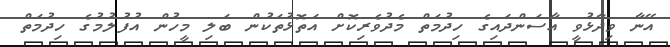
އޭނާ ވިދާޅުވީ އާސަންދައިގެ ހިދުމަތް މެދުވެރިކޮށް އަތޮޅުތަކުން ބަލި މީހުން އުފުލުމުގެ ހިދުމަތް